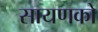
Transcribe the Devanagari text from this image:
सायणको